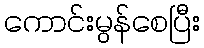
ကောင်းမွန်စေပြီး